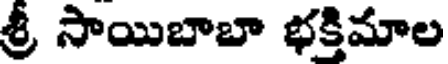
శ్రీ సాయిబాబా భక్తిమాల